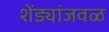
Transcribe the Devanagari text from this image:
शेंड्यांजवळ